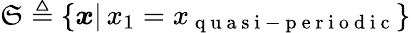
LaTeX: \mathfrak{S}\triangleq\{ \boldsymbol{x}\vert\, x_{1}=x_{\mathrm{{~q~u~a~s~i~-~p~e~r~i~o~d~i~c~}}}\}